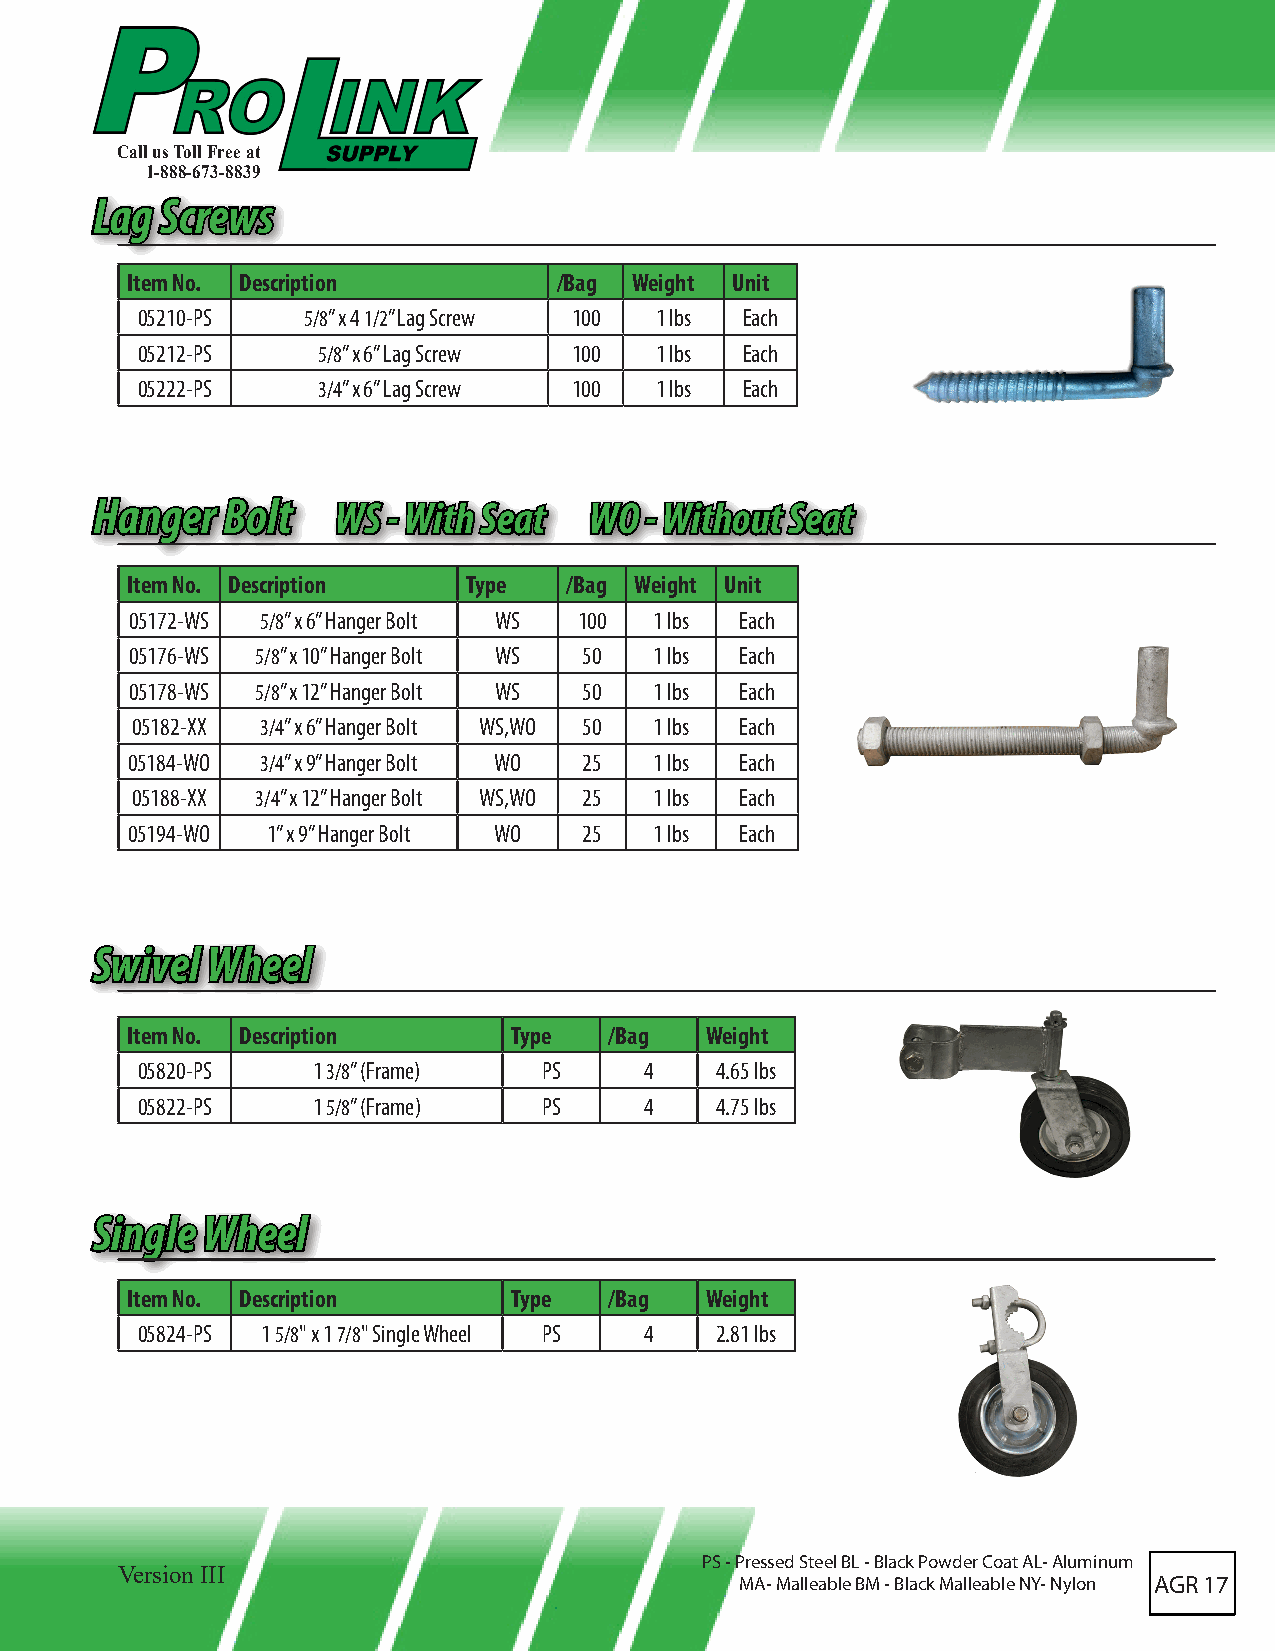
Call us Toll Free at
 1-888-673-8839
 LLaagg SSccrreewwss
 Item No. Description         /Bag Weight Unit
 05210-PS   5/8” x 4 1/2” Lag Screw 100 1 lbs Each
 05212-PS    5/8” x 6” Lag Screw 100 1 lbs Each
 05222-PS    3/4” x 6” Lag Screw 100 1 lbs Each
 HHaannggeerr BBoolltt WWSS -- WWiitthh SSeeaatt WWOO -- WWiitthhoouutt SSeeaatt
 Item No. Description   Type  /Bag Weight Unit
 05172-WS 5/8” x 6” Hanger Bolt WS 100 1 lbs Each
 05176-WS 5/8” x 10” Hanger Bolt WS 50 1 lbs Each
 05178-WS 5/8” x 12” Hanger Bolt WS 50 1 lbs Each
 05182-XX 3/4” x 6” Hanger Bolt WS,WO 50 1 lbs Each
 05184-WO 3/4” x 9” Hanger Bolt WO 25 1 lbs Each
 05188-XX 3/4” x 12” Hanger Bolt WS,WO 25 1 lbs Each
 05194-WO  1” x 9” Hanger Bolt WO 25 1 lbs Each
 SSwwiivveell WWhheeeell
 Item No. Description      Type  /Bag   Weight
 05820-PS    1 3/8” (Frame) PS     4   4.65 lbs
 05822-PS    1 5/8” (Frame) PS     4   4.75 lbs
 SSiinnggllee WWhheeeell
 Item No. Description      Type  /Bag   Weight
 05824-PS 1 5/8" x 1 7/8" Single Wheel PS 4 2.81 lbs
 PS - Pressed Steel BL - Black Powder Coat AL- Aluminum
 Version III
 MA- Malleable BM - Black Malleable NY- Nylon AGR 17